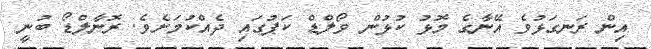
އިން ރަނގަޅުވެ އޭނާގެ މޮޅު ކުޅުން ވޯލްޑް ކަޕުގައި ދެއްކުމަށެވެ. ރޮނާލްޑޯ ބުނީ